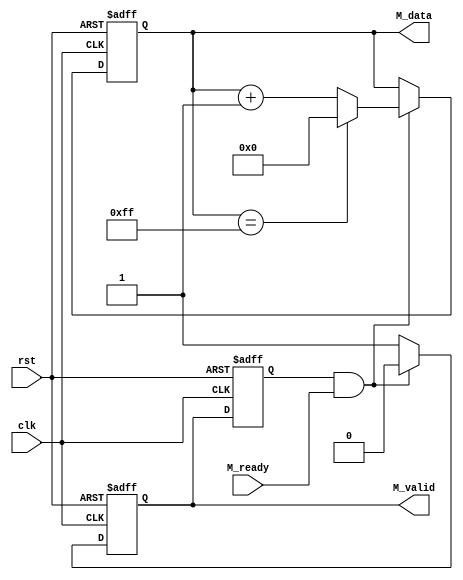
module Master(
input 			clk,
input 			rst,

input 			M_ready,
output	[7:0]	M_data,
output 			M_valid

	);

reg 	[7:0] 	data_cnt;
reg 			M_valid_r;
reg             M_valid_r2;

//data

assign M_data = data_cnt;
assign M_valid = M_valid_r;

always @(posedge clk or posedge rst) begin
    if(rst)begin
        M_valid_r2 <= 1'b0;
    end
    else begin
        M_valid_r2<= M_valid_r;
    end
end

always @(posedge clk or posedge rst) begin
	if (rst) begin
		// reset
		data_cnt <= 8'b0;
		M_valid_r<= 1'b0;
	end
	else if (M_valid_r2==1 && M_ready==1) begin
		M_valid_r <=  1'b0;
		if (data_cnt == 8'd255) begin
			data_cnt <= 8'b0;
		end
		else begin
			data_cnt <= data_cnt+1'b1;
		end
	end
	else begin
		M_valid_r <= 1'b1;
		data_cnt <= data_cnt;
	end
end

endmodule